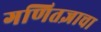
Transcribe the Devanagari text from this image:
गणितज्ञाचा